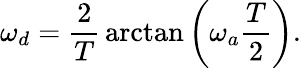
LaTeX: \omega_{d}={\frac{2}{T}}\arctan\left(\omega_{a}{\frac{T}{2}}\right).